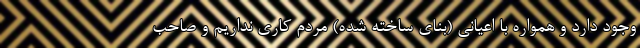
وجود دارد و همواره با اعیانی (بنای ساخته شده) مردم کاری نداریم و صاحب